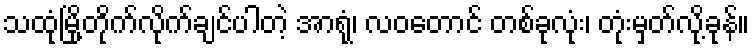
သထုံမြို့တိုက်လိုက်ချင်ပါတဲ့ အာရုံ၊ လဝတောင် တစ်ခုလုံး၊ တုံးမှတ်လို့ခုန်။